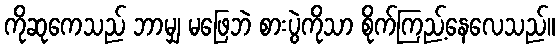
ကိုဆုကေသည် ဘာမျှ မဖြေဘဲ စားပွဲကိုသာ စိုက်ကြည့်နေလေသည်။